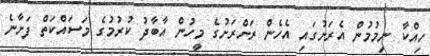
ހިއްކާ ނިމުމުން އެރަށުގައި އެހެން ރަށްރަށުގެ މީހުން އާބާދު ކުރުމުގެ މަސައްކަތް ފަށާނެ